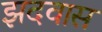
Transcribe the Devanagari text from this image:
झदवास